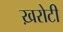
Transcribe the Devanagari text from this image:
ख़रोटी